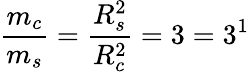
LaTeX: \frac{m_{c}}{m_{s}}=\frac{R_{s}^{2}}{R_{c}^{2}}=3=3^{1}